Leaving Certificate Examination (including Day School Certificate (Higher) General paper), 1935
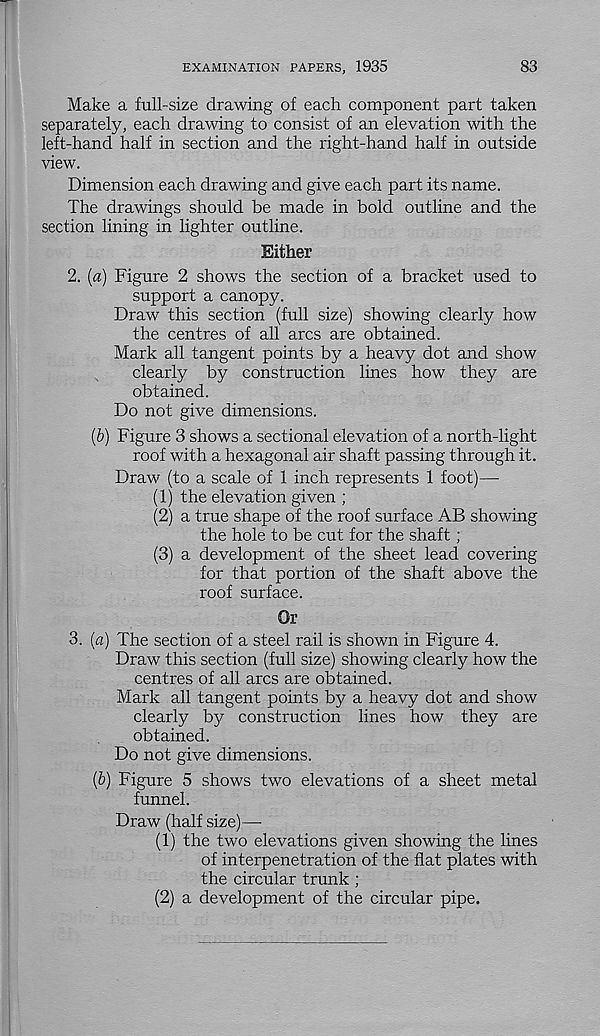
EXAMINATION PAPERS, 1935
83
Make a full-size drawing of each component part taken
separately, each drawing to consist of an elevation with the
left-hand half in section and the right-hand half in outside
view.
Dimension each drawing and give each part its name.
The drawings should be made in bold outline and the
section lining in lighter outline.
Either
2. [a) Figure 2 shows the section of a bracket used to
support a canopy.
Draw this section (full size) showing clearly how
the centres of all arcs are obtained.
Mark all tangent points by a heavy dot and show
clearly by construction lines how they are
obtained.
Do not give dimensions.
(&) Figure 3 shows a sectional elevation of a north-light
roof with a hexagonal air shaft passing through it.
Draw (to a scale of 1 inch represents 1 foot)—
(1) the elevation given ;
(2) a true shape of the roof surface AB showing
the hole to be cut for the shaft;
(3) a development of the sheet lead covering
for that portion of the shaft above the
roof surface.
Or
3. (a) The section of a steel rail is shown in Figure 4.
Draw this section (full size) showing clearly how the
centres of all arcs are obtained.
Mark all tangent points by a heavy dot and show
clearly b}^ construction lines how they are
obtained.
Do not give dimensions.
(&) Figure 5 shows two elevations of a sheet metal
funnel.
Draw (half size)—
(1) the two elevations given showing the lines
of interpenetration of the flat plates with
the circular trunk ;
(2) a development of the circular pipe.